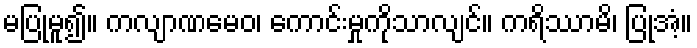
မပြုမူ၍။ ကလျာဏမေဝ၊ ကောင်းမှုကိုသာလျင်။ ကရိဿာမိ၊ ပြုအံ့။